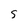
Character: 5